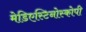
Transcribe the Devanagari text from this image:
मेडिएस्टिनोस्कोपी